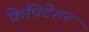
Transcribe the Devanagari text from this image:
क्रेपिटेशन